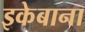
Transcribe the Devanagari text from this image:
इकेबाना